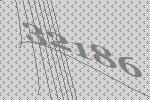
32186